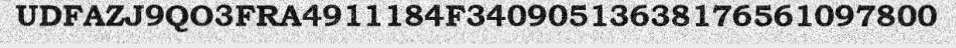
UDFAZJ9QO3FRA4911184F34090513638176561097800